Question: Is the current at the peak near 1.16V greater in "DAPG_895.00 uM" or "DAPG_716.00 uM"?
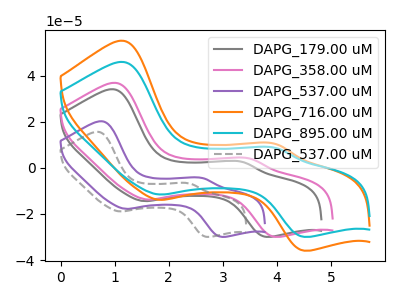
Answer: <think>The gray curve "DAPG_179.00 uM" has anodic peaks at (1.00V, 34.05uA) (3.35V, 2.60uA) and cathodic peaks at (1.55V, -14.40uA) (3.80V, -29.90uA). The pink curve "DAPG_358.00 uM" has anodic peaks at (1.05V, 36.80uA) (3.50V, 4.00uA) and cathodic peaks at (1.60V, -13.75uA) (3.95V, -29.90uA). The purple curve "DAPG_537.00 uM" has anodic peaks at (0.75V, 20.20uA) (2.65V, -4.45uA) and cathodic peaks at (1.20V, -17.80uA) (2.95V, -29.90uA). The orange curve "DAPG_716.00 uM" has anodic peaks at (1.15V, 55.05uA) (3.95V, 10.35uA) and cathodic peaks at (1.85V, -13.85uA) (4.50V, -35.90uA). The cyan curve "DAPG_895.00 uM" has anodic peaks at (1.15V, 45.90uA) (3.95V, 8.65uA) and cathodic peaks at (1.85V, -11.55uA) (4.50V, -29.90uA). The gray dashed curve "DAPG_537.00 uM" has anodic peaks at (0.70V, 15.60uA) (2.40V, -6.80uA) and cathodic peaks at (1.10V, -18.90uA) (2.70V, -29.90uA).</think>
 <answer>The peak at 1.16V is lower in "DAPG_895.00 uM" than in "DAPG_716.00 uM".</answer>
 <eval>lower</eval>